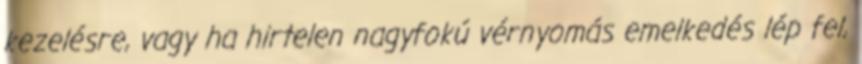
kezelésre, vagy ha hirtelen nagyfokú vérnyomás emelkedés lép fel,